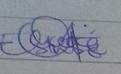
Signature authenticity: genuine